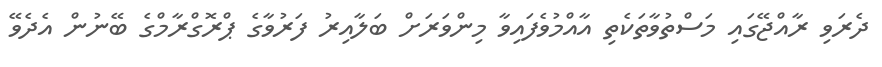
ދެރަވި ރާއްޖޭގައި މަސްތުވާތަކެތި އާއްމުވެފައިވާ މިންވަރަށް ބަލާއިރު ފަރުވާގެ ޕްރޮގްރާމްގެ ބޭނުން އެދެވޭ